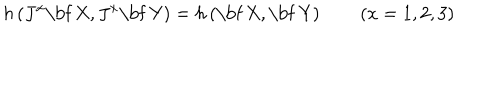
h \left( J ^ { x } \mathrm { \bf ~ X } , J ^ { x } \mathrm { \bf ~ Y } \right) = h \left( \mathrm { \bf ~ X } , \mathrm { \bf ~ Y } \right) \quad \quad ( x = 1 , 2 , 3 )